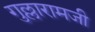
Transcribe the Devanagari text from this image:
गुल्लारामजी